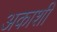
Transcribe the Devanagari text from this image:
अकाशी